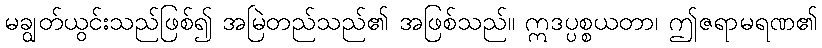
မချွတ်ယွင်းသည်ဖြစ်၍ အမြဲတည်သည်၏ အဖြစ်သည်။ ဣဒပ္ပစ္စယတာ၊ ဤဇရာမရဏ၏